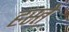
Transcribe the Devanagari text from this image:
हस्‍ते